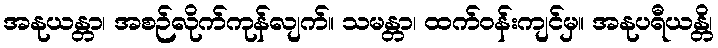
အနုယန္တာ၊ အစဉ်လိုက်ကုန်လျက်။ သမန္တာ၊ ထက်ဝန်းကျင်မှ။ အနုပရီယန္တိ၊